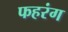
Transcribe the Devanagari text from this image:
फहरंग